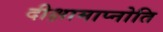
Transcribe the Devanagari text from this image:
दीक्षामाप्नोति